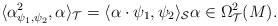
LaTeX: \begin{align*}\langle \alpha_{\psi_1,\psi_2}^2, \alpha \rangle_{\mathcal{T}} = \langle \alpha \cdot \psi_1, \psi_2 \rangle_{\mathcal{S}}\alpha \in \Omega^2_{\mathcal{T}}(M). \end{align*}